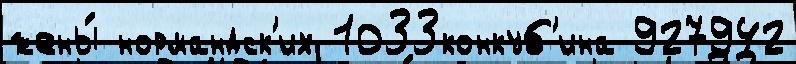
жены́ нормандск'их 1033конкуб'ина 927942